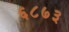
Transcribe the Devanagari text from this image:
६८७३